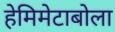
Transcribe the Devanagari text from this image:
हेमिमेटाबोला